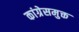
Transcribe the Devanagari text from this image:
कांग्रेसमुक्त